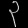
Digit: ၃